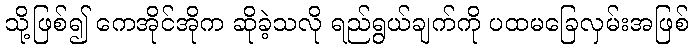
သို့ဖြစ်၍ ကေအိုင်အိုက ဆိုခဲ့သလို ရည်ရွယ်ချက်ကို ပထမခြေလှမ်းအဖြစ်